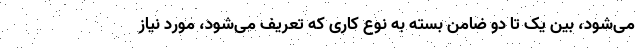
می‌شود، بین یک تا دو ضامن بسته به نوع کاری که تعریف می‌شود، مورد نیاز